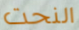
النحت